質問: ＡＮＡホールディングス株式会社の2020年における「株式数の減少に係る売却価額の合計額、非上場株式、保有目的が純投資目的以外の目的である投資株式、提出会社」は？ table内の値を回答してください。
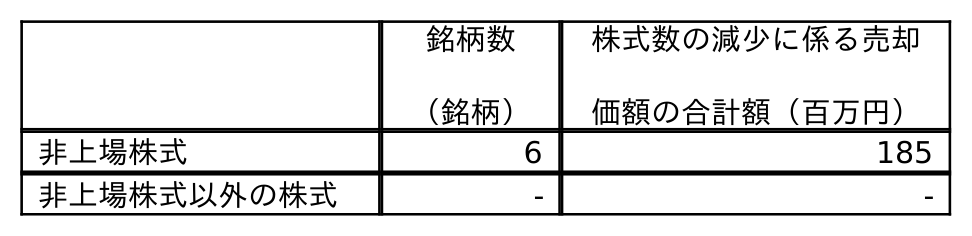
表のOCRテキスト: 銘柄数 （銘柄） 株式数の減少に係る売却 価額の合計額（百万円） 非上場株式 6 185 非上場株式以外の株式 - -
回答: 185